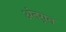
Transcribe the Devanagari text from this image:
अंतग्र्रत